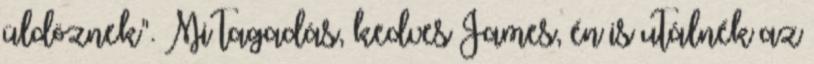
üldöznek". Mi tagadás, kedves James, én is utálnék az